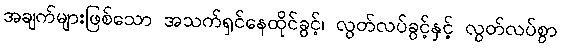
အချက်များဖြစ်သော အသက်ရှင်နေထိုင်ခွင့်၊ လွတ်လပ်ခွင့်နှင့် လွတ်လပ်စွာ